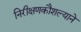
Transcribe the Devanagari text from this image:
निरीक्षणकौशल्याने